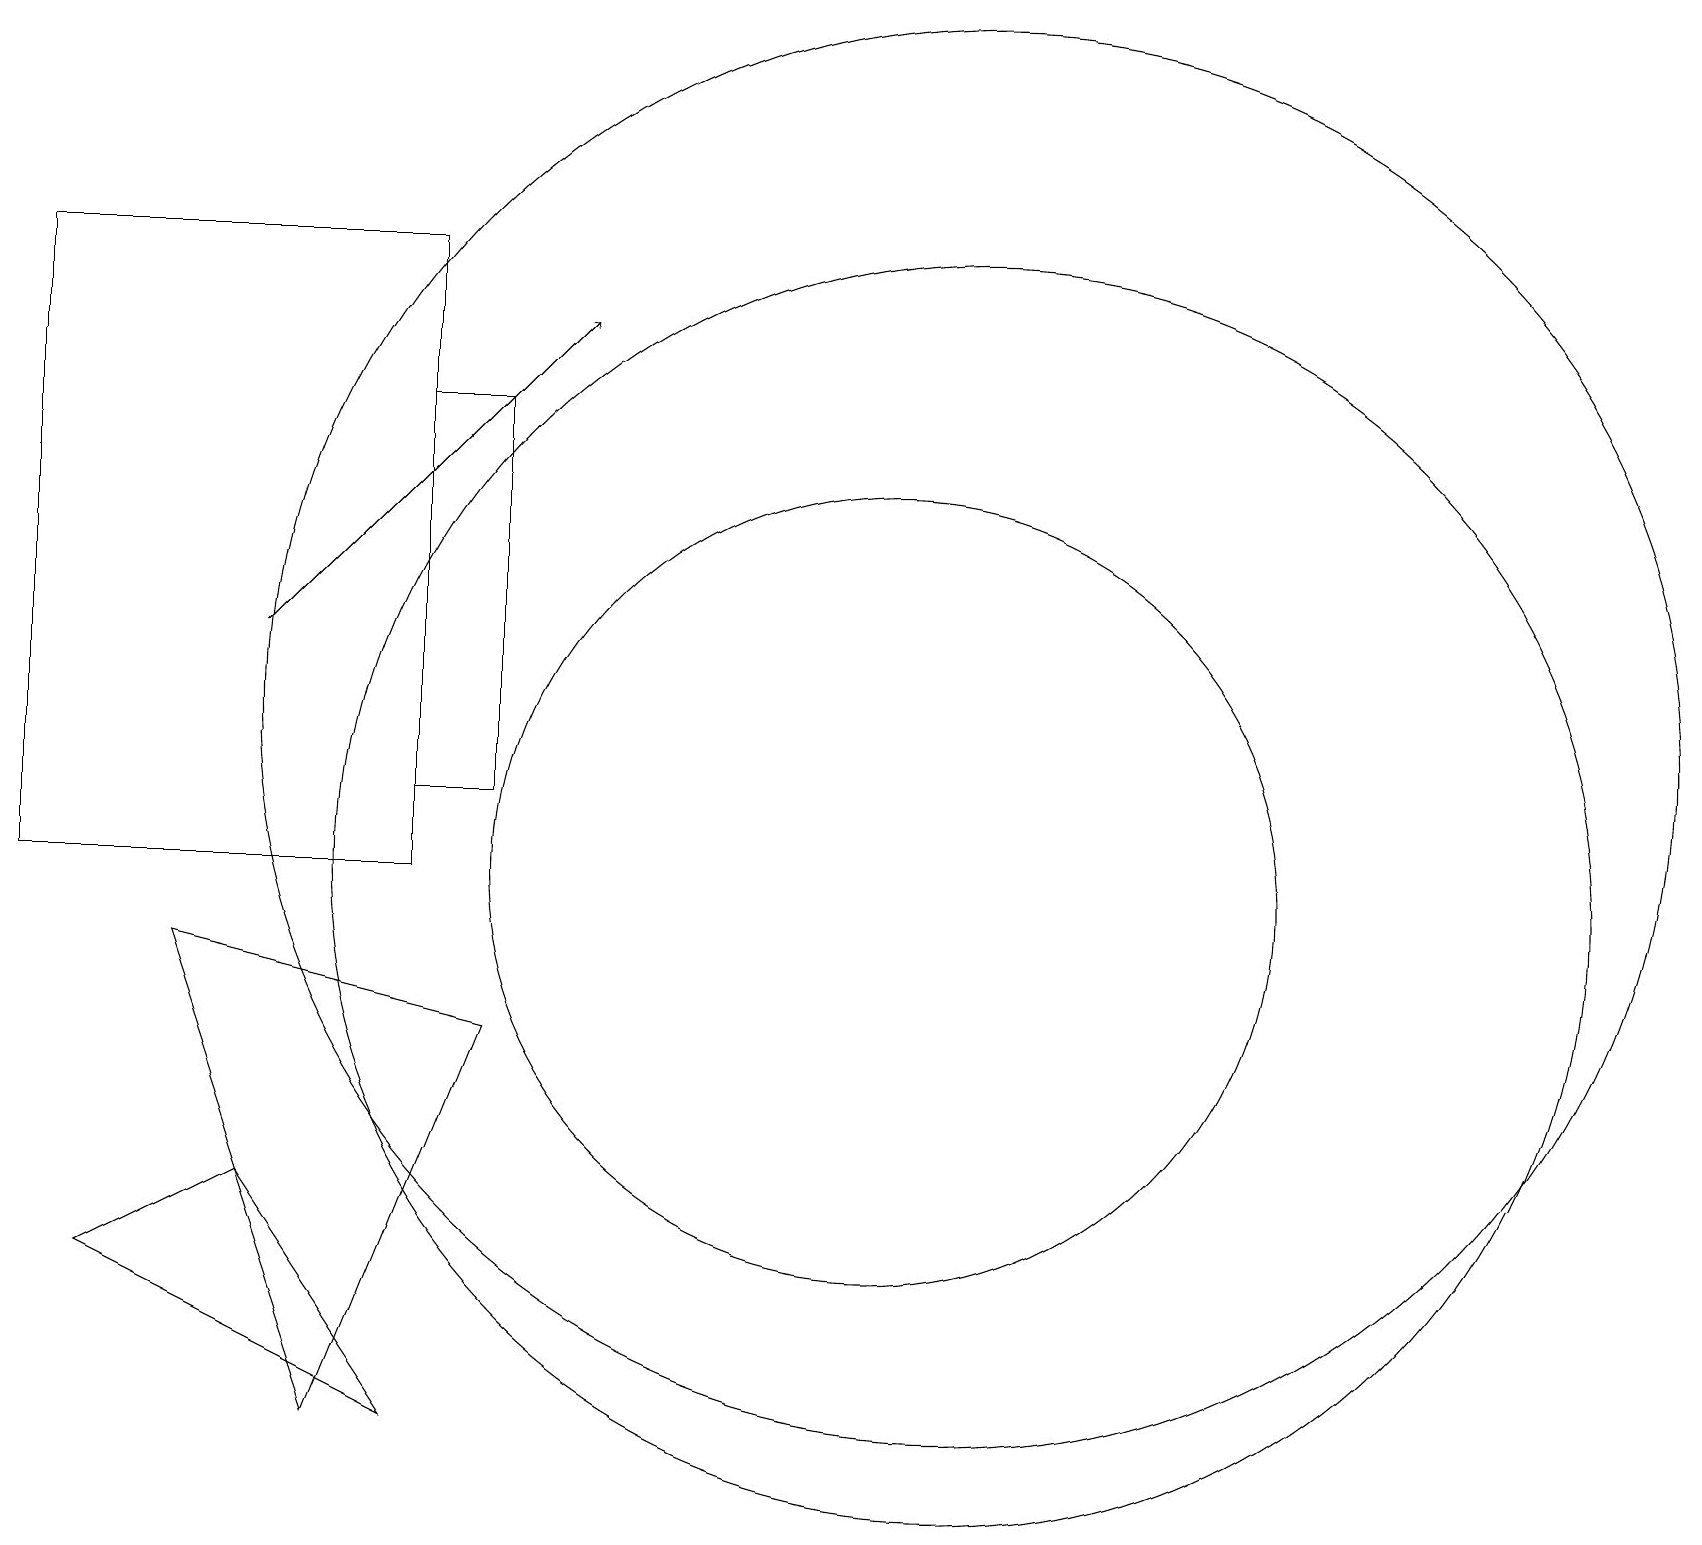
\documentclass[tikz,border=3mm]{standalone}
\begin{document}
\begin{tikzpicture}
\draw (5,16) rectangle (6,11);
\draw (3,6) -- (1,5) -- (5,3) -- cycle;
\draw (12,10) circle (8);
\draw[->] (3,13) -- (7,17);
\draw (12,12) circle (9);
\draw (11,10) circle (5);
\draw (2,9) -- (6,8) -- (4,3) -- cycle;
\draw (0,10) rectangle (5,18);
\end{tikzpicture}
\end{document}